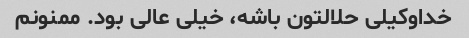
خداوکیلی حلالتون باشه، خیلی عالی بود. ممنونم